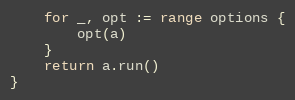
Language: Go
	for _, opt := range options {
		opt(a)
	}
	return a.run()
}